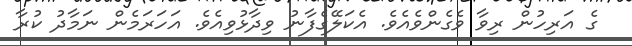
ގެ އަރިހުން ރިވާ ވެގެންވެއެވެ. އެކަލޭގެފާނު ވިދާޅުވިއެވެ. އަހަރަމެން ނަމާދު ކުރާ